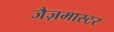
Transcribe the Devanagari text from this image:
जैज़मास्टर